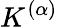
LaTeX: K^{(\alpha)}